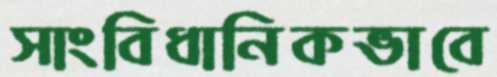
সাংবিধানিকভাবে